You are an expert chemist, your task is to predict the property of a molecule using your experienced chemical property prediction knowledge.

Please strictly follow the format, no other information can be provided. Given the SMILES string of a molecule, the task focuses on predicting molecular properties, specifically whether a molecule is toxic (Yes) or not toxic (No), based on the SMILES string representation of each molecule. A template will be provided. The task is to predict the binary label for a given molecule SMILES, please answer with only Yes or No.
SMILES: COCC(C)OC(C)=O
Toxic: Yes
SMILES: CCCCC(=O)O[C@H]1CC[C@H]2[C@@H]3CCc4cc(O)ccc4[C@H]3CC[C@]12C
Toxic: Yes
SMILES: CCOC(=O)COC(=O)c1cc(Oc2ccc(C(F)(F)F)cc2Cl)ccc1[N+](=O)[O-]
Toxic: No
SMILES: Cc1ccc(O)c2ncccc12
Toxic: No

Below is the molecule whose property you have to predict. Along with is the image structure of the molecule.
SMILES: C[C@]12CC[C@@H]3c4ccc(O)cc4CC[C@H]3[C@@H]1CC[C@@H]2OC(=O)CCC1CCCC1
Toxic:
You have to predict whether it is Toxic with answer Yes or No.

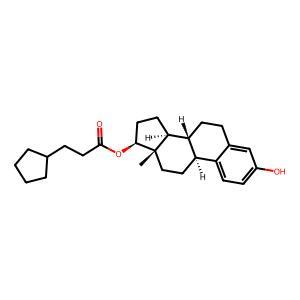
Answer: Yes